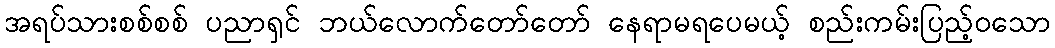
အရပ်သားစစ်စစ် ပညာရှင် ဘယ်လောက်တော်တော် နေရာမရပေမယ့် စည်းကမ်းပြည့်ဝသော